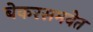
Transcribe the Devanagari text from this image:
बेकरसमवेत